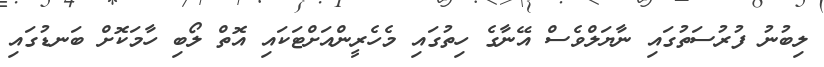
ލިބުނު ފުރުސަތުގައި ނާޔަލްވެސް އޭނާގެ ހިތުގައި މެހެރީންއަށްޓަކައި އޮތް ލޯބި ހާމަކޮށް ބަނޑުގައި